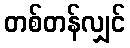
တစ်တန်လျှင်